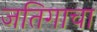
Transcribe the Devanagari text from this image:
जतिगाचा